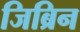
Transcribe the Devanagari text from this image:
जिब्रिन